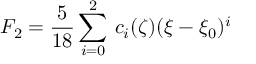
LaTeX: F _ { 2 } = \frac { 5 } { 1 8 } \sum _ { i = 0 } ^ { 2 } \, c _ { i } ( \zeta ) ( \xi - \xi _ { 0 } ) ^ { i }